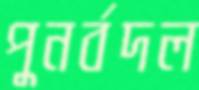
পুনর্বদল